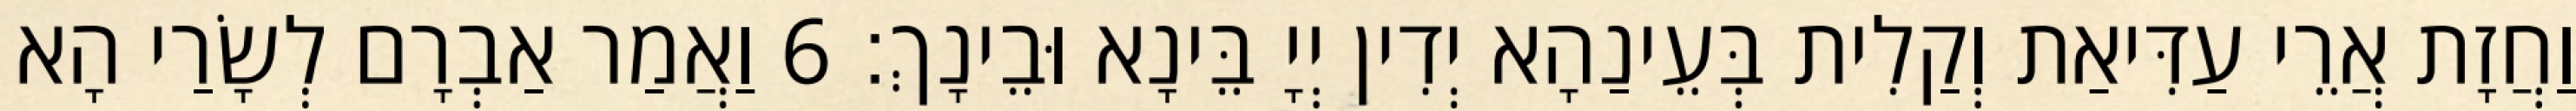
וַחֲזָת אֲרֵי עַדִּיאַת וְקַלִית בְּעֵינַהָא יְדִין יְיָ בֵּינָא וּבֵינָךְ׃ 6 וַאֲמַר אַבְרָם לְשָׂרַי הָא